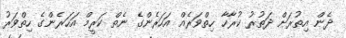
ދެން އިތުރަށް ދަތުރު ކުރާހާ ހިތްވަރެއް އަހަރެންގެ ނެތް ކަރީމް އަހަރެންގެ ހިތްވަރު